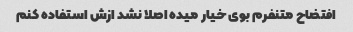
افتضاح متنفرم بوی خیار میده اصلا نشد ازش استفاده کنم